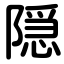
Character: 隠